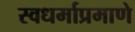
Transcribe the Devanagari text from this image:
स्वधर्माप्रमाणे